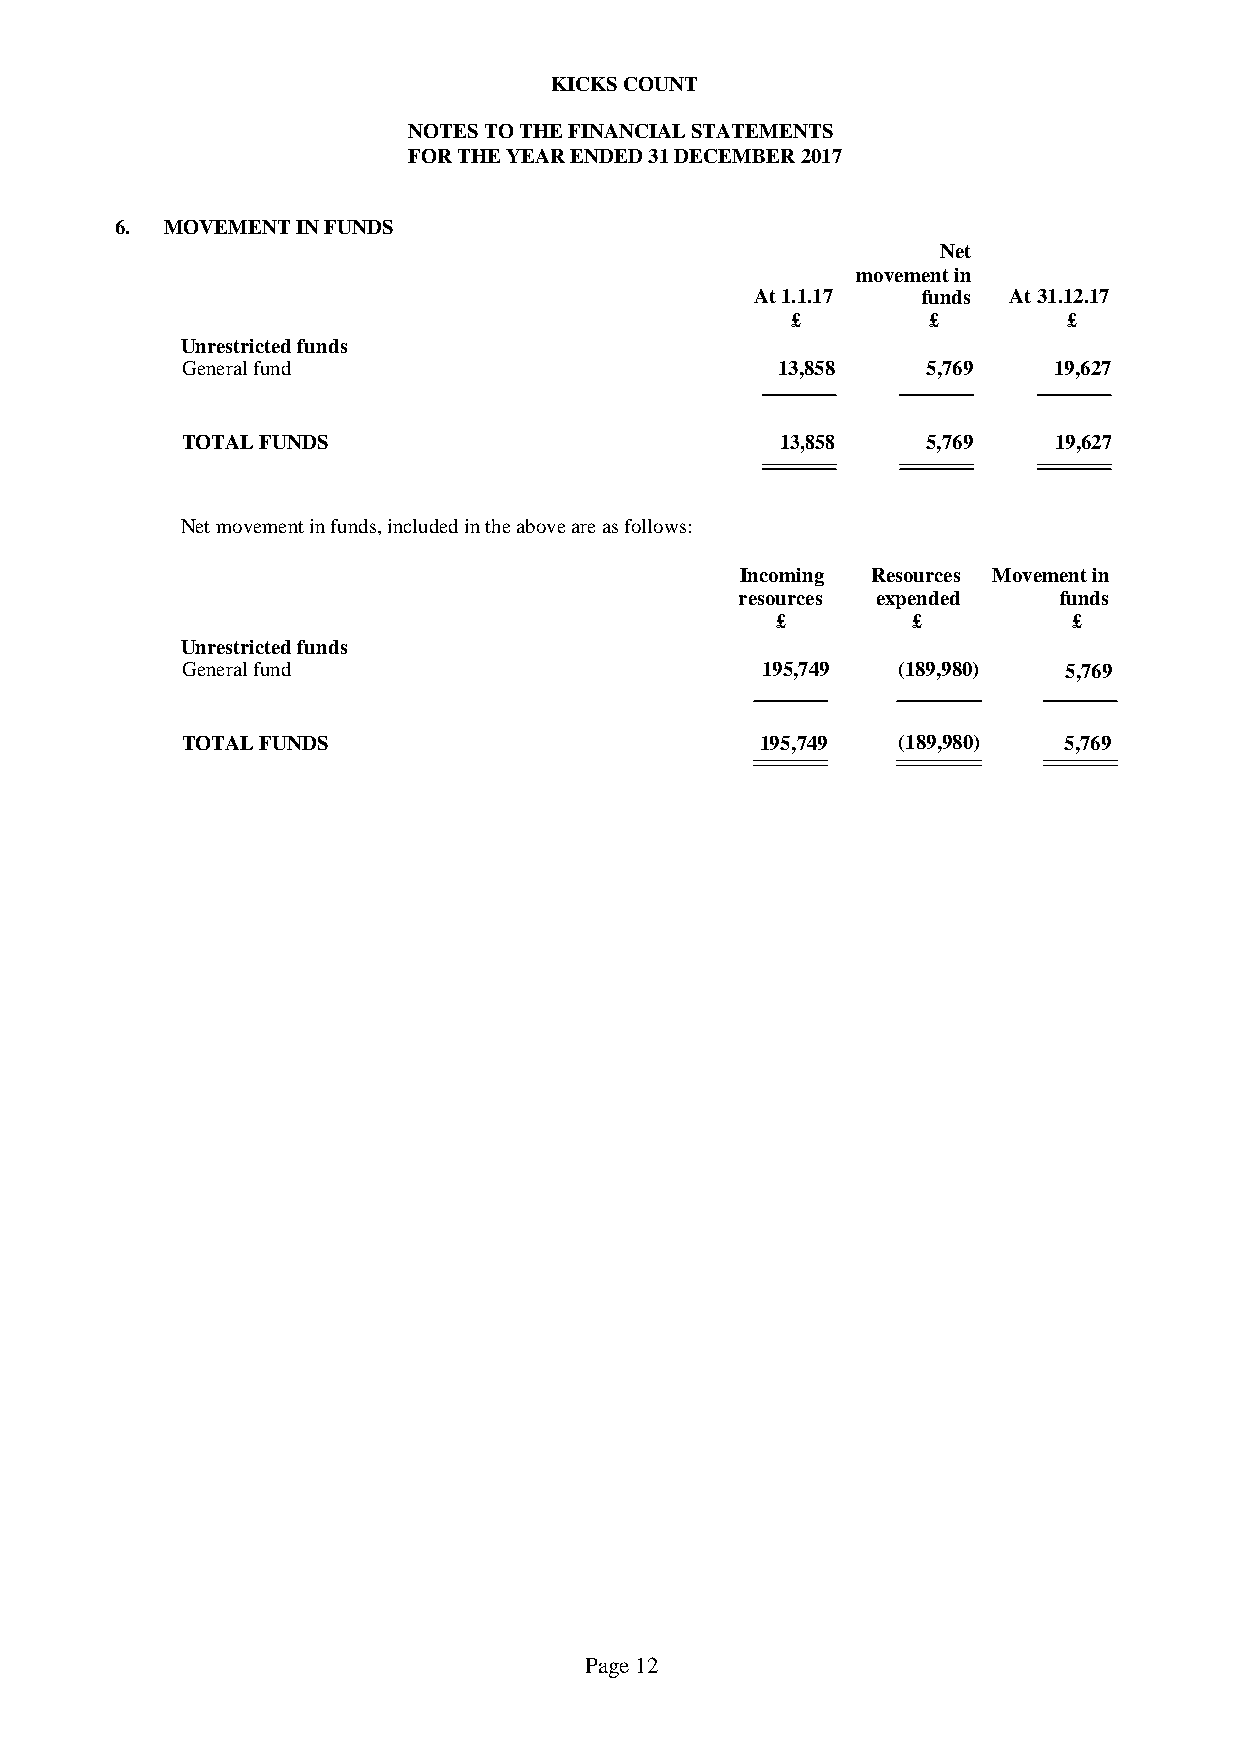
KICKS COUNT
 NOTES TO THE FINANCIAL STATEMENTS
 FOR THE YEAR ENDED 31 DECEMBER 2017
 6. MOVEMENT IN FUNDS
 Net
 movement in
 At 1.1.17  funds At 31.12.17
 £         £        £
 Unrestricted funds
 General fund                           13,858    5,769    19,627
 TOTAL FUNDS                             13,858   5,769    19,627
 Net movement in funds, included in the above are as follows:
 Incoming Resources Movement in
 resources expended   funds
 £        £          £
 Unrestricted funds
 General fund                          195,749  (189,980)   5,769
 TOTAL FUNDS                           195,749  (189,980)  5,769
 Page 12